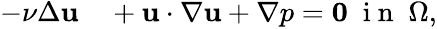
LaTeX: \begin{array}{rl}{-\nu\Delta{\mathbf u}}&{{}+{\mathbf u}\cdot\nabla{\mathbf u}+\nabla p={\mathbf 0}\; \mathrm{~i~n~}\; \Omega,}\end{array}